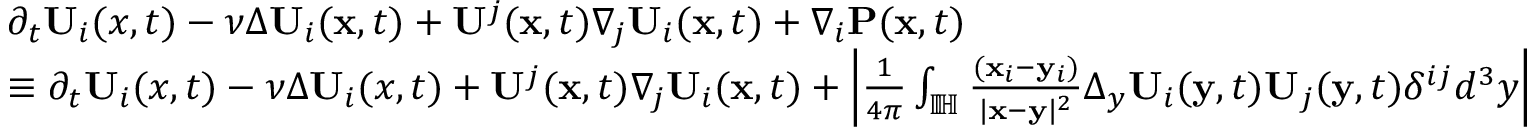
\begin{array} { r l } & { \partial _ { t } \mathbf { U } _ { i } ( x , t ) - \nu \Delta \mathbf { U } _ { i } ( \mathbf { x } , t ) + \mathbf { U } ^ { j } ( \mathbf { x } , t ) \nabla _ { j } \mathbf { U } _ { i } ( \mathbf { x } , t ) + \nabla _ { i } \mathbf { P } ( \mathbf { x } , t ) } \\ & { \equiv \partial _ { t } \mathbf { U } _ { i } ( x , t ) - \nu \Delta \mathbf { U } _ { i } ( x , t ) + \mathbf { U } ^ { j } ( \mathbf { x } , t ) \nabla _ { j } \mathbf { U } _ { i } ( \mathbf { x } , t ) + \left| \frac { 1 } { 4 \pi } \int _ { \mathbb { I \! H } } \frac { ( \mathbf { x } _ { i } - \mathbf { y } _ { i } ) } { | \mathbf { x } - \mathbf { y } | ^ { 2 } } \Delta _ { y } \mathbf { U } _ { i } ( \mathbf { y } , t ) \mathbf { U } _ { j } ( \mathbf { y } , t ) \delta ^ { i j } d ^ { 3 } y \right| } \end{array}